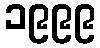
၁၉၉၉